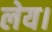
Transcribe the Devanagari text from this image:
लेय।